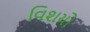
વિશયો